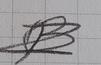
Signature authenticity: forged